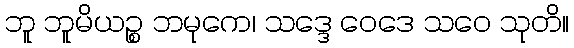
ဘူ ဘူမိယဉ္စ ဘမုကေ၊ သဒ္ဒေ ဝေဒေ သဝေ သုတိ။